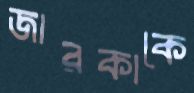
জারকাকে